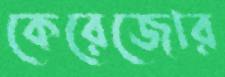
কেরেজোর